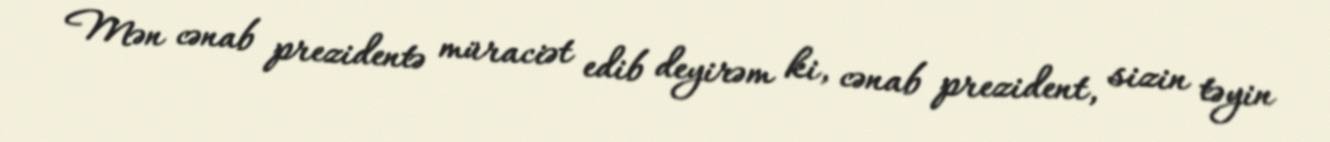
Mən cənab prezidentə müraciət edib deyirəm ki, cənab prezident, sizin təyin